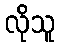
လိုသူ